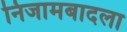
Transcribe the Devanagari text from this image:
निजामबादला